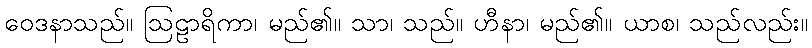
ဝေဒနာသည်။ ဩဠာရိကာ၊ မည်၏။ သာ၊ သည်။ ဟီနာ၊ မည်၏။ ယာစ၊ သည်လည်း။